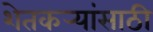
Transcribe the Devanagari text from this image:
शेतकर्‍यांसाठी